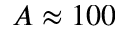
A \approx 1 0 0